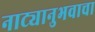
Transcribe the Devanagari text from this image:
नाट्यानुभवाचा